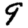
Digit: 9